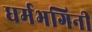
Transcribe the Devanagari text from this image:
धर्मभगिनी